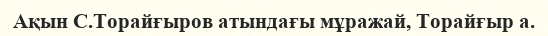
Ақын С.Торайғыров атындағы мұражай, Торайғыр а.